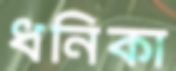
ধনিকা